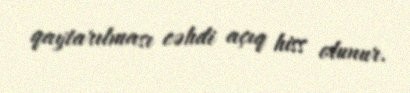
qaytarılması cəhdi açıq hiss olunur.